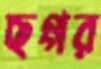
ছপ্পর